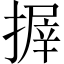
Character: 搱